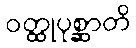
ဝတ္ထုပုစ္ဆာတိ